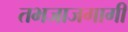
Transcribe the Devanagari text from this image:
तभजाजगागी